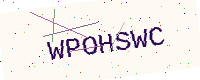
Text: WPOHSWC